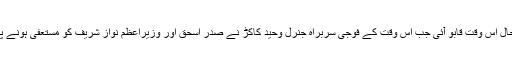
یہ نازک صورتحال اس وقت قابو آئی جب اس وقت کے فوجی سربراہ جنرل وحید کاکڑ نے صدر اسحٰق اور وزیراعظم نواز شریف کو مستعفی ہونے پر مجبور کر دیا۔